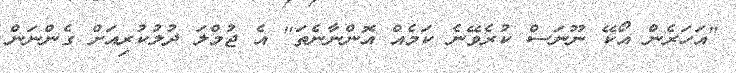
"އަހަރެން އޯކޭ ނޫނަސް ކުރެވޭނެ ކަމެއް އޮންނާނެތަ" އެ ޖުމްލަ ދުލުކުރިއަށް ގެންނަން